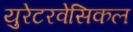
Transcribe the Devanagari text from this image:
युरेटरवेसिकल